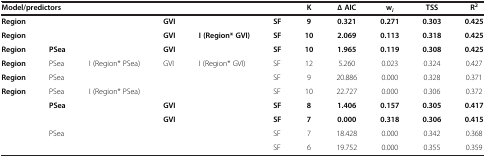
| <COLSPAN=6> Model/predictors | K | ∆ AIC | wi | TSS | R2 |
 | --- | --- | --- | --- | --- | --- | --- | --- | --- | --- | --- |
 | Region |  |  | GVI |  | SF | 9 | 0.321 | 0.271 | 0.303 | 0.425 |
 | Region |  |  | GVI | I (Region* GVI) | SF | 10 | 2.069 | 0.113 | 0.318 | 0.425 |
 | Region | PSea |  | GVI |  | SF | 10 | 1.965 | 0.119 | 0.308 | 0.425 |
 | Region | PSea | I (Region* PSea) | GVI | I (Region* GVI) | SF | 12 | 5.260 | 0.023 | 0.324 | 0.427 |
 | Region | PSea |  |  |  | SF | 9 | 20.886 | 0.000 | 0.328 | 0.371 |
 | Region | PSea | I (Region* PSea) |  |  | SF | 10 | 22.727 | 0.000 | 0.306 | 0.372 |
 |  | PSea |  | GVI |  | SF | 8 | 1.406 | 0.157 | 0.305 | 0.417 |
 |  |  |  | GVI |  | SF | 7 | 0.000 | 0.318 | 0.306 | 0.415 |
 |  | PSea |  |  |  | SF | 7 | 18.428 | 0.000 | 0.342 | 0.368 |
 |  |  |  |  |  | SF | 6 | 19.752 | 0.000 | 0.355 | 0.359 |